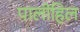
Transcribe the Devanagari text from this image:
पालीहिल